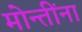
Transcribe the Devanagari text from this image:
मोन्तींना